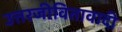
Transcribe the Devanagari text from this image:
उत्तरजीवितावादी